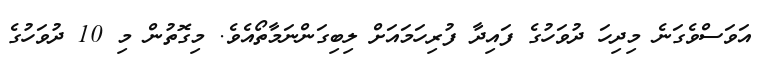
އަވަސްވެގަނެ މިދިހަ ދުވަހުގެ ފައިދާ ފުރިހަމައަށް ލިބިގަންނަމާތޯއެވެ. މިގޮތުން މި 10 ދުވަހުގެ